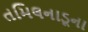
તમિલનાડૂના